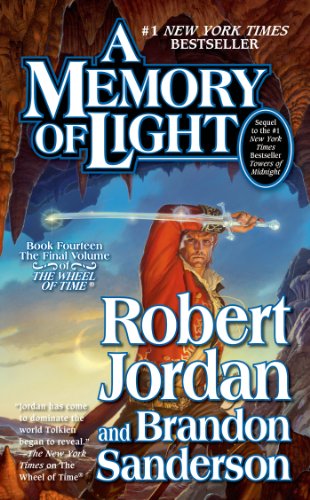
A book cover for A Memory of Light (Wheel of Time); Robert Jordan; Science Fiction & Fantasy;